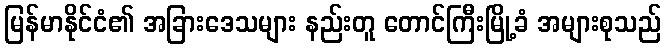
မြန်မာနိုင်ငံ၏ အခြားဒေသများ နည်းတူ တောင်ကြီးမြို့ခံ အများစုသည်